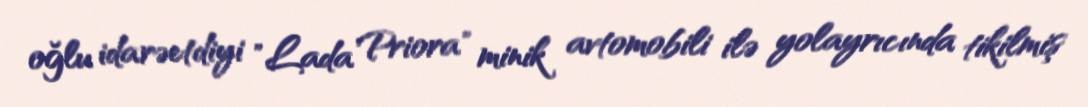
oğlu idarəetdiyi "Lada Priora" minik avtomobili ilə yolayrıcında tikilmiş